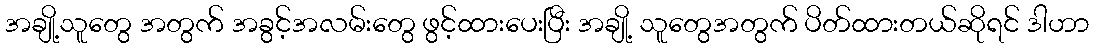
အချို့သူတွေ အတွက် အခွင့်အလမ်းတွေ ဖွင့်ထားပေးပြီး အချို့ သူတွေအတွက် ပိတ်ထားတယ်ဆိုရင် ဒါဟာ